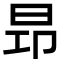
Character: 昻